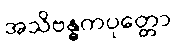
အသိဗန္ဓကပုတ္တော